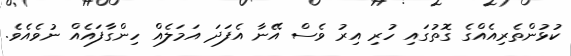
ކުޅުންތެރިއެއްގެ ގޮތުގައި ހުރި އިރު ވެސް އޭނާ އެފަދަ އަމަލެއް ހިންގާފައެއް ނުވެއެވެ.